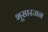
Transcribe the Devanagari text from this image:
भूसारजन